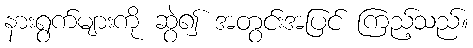
နားရွက်များကို ဆွဲ၍ အတွင်းအပြင် ကြည့်သည်။